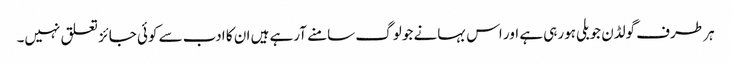
ہر طرف گولڈن جوبلی ہورہی ہے اور اس بہانے جو لوگ سامنے آرہے ہیں ان کا ادب سے کوئی جائز تعلق نہیں۔